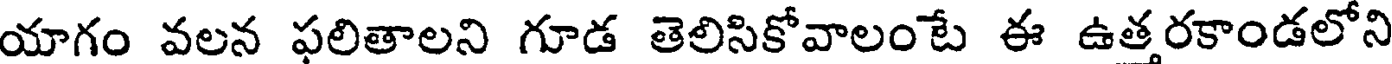
యాగం వలన ఫలితాలని గూడ తెలిసికోవాలంటే ఈ ఉత్తరకాండలోని